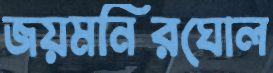
জয়মনিরঘোল